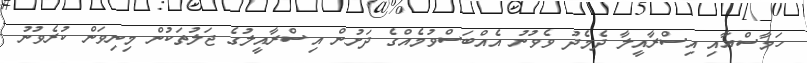
ހަމާސްއާއި އިސްރާއީލާ ދެމެދު ވެވުނު އެއްބަސްވުމެއްގެ ދަށުން އިސްރާއީލުގެ ޖަލުތަކުން މިނިވަން ކުރެވުނު